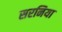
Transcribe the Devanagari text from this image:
सरनिया